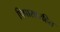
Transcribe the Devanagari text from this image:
पिपासारहित